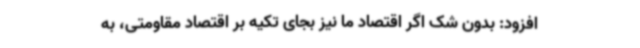
افزود: بدون شک اگر اقتصاد ما نیز بجای تکیه بر اقتصاد مقاومتی، به